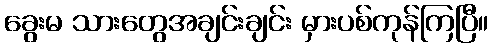
ခွေးမ သားတွေအချင်းချင်း မှားပစ်ကုန်ကြပြီ။